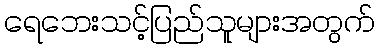
ရေဘေးသင့်ပြည်သူများအတွက်